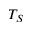
T _ { S }